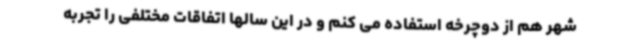
شهر هم از دوچرخه استفاده می کنم و در این سالها اتفاقات مختلفی را تجربه